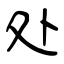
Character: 处